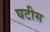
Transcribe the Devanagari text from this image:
घटीस